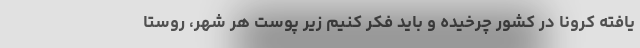
یافته کرونا در کشور چرخیده و باید فکر کنیم زیر پوست هر شهر، روستا